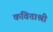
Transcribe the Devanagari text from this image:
कविताश्री